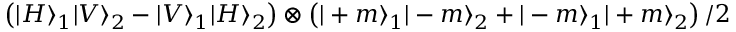
\left( | H \rangle _ { 1 } | V \rangle _ { 2 } - | V \rangle _ { 1 } | H \rangle _ { 2 } \right) \otimes \left( | + m \rangle _ { 1 } | - m \rangle _ { 2 } + | - m \rangle _ { 1 } | + m \rangle _ { 2 } \right) / 2